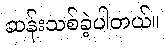
ဆန်းသစ်ခဲ့ပါတယ်။